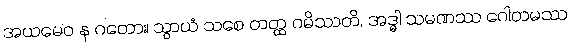
အယမေဝ န ဂတော။ သွာယံ သစေ တတ္ထ ဂမိဿတိ, အဒ္ဓါ သမဏဿ ဂေါတမဿ